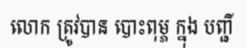
លោក ត្រូវបាន បោះពុម្ភ ក្នុង បញ្ជី